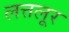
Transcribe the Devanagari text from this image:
लत्तलूर